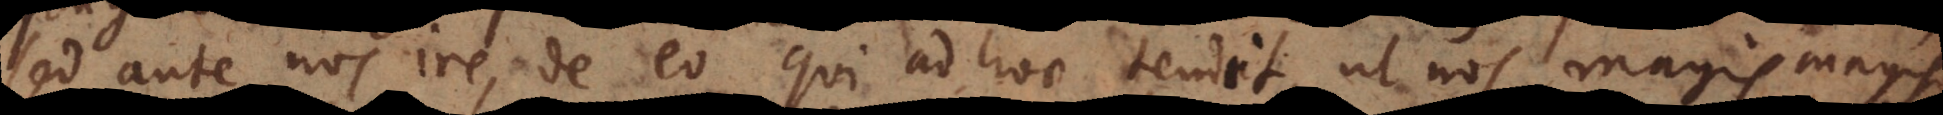
sed ante nos ire, de eo qui ad hoc tendit, ut nos magis magisq